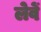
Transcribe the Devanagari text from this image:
लेवें